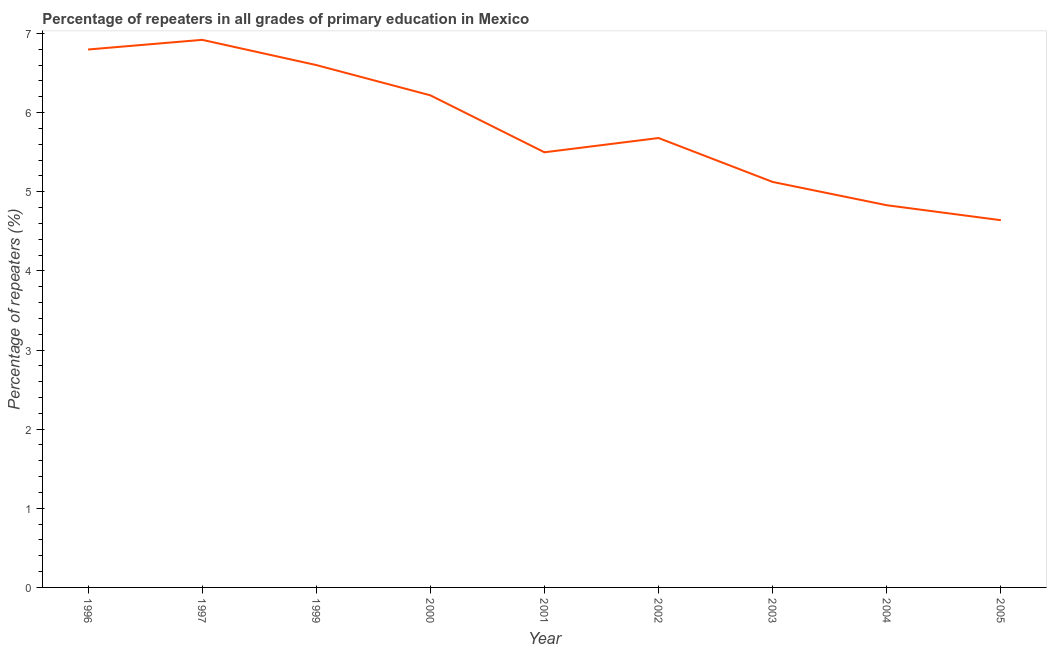
| Year | Repeaters in primary education |
 | --- | --- |
 | 1996 | 6.8 |
 | 1997 | 6.92 |
 | 1999 | 6.6 |
 | 2000 | 6.22 |
 | 2001 | 5.5 |
 | 2002 | 5.68 |
 | 2003 | 5.12 |
 | 2004 | 4.83 |
 | 2005 | 4.64 |